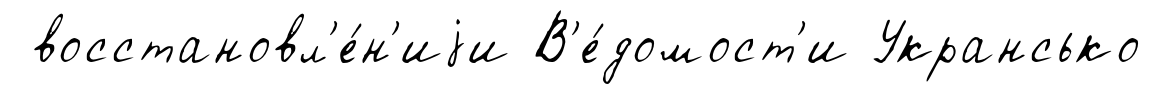
восстановл'е́н'иjи В'е́домост'и Укрансько